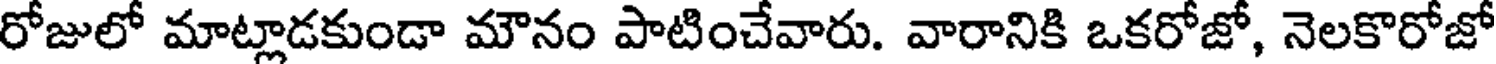
రోజులో మాట్లాడకుండా మౌనం పాటించేవారు. వారానికి ఒకరోజో, నెలకొరోజో